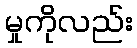
မှုကိုလည်း